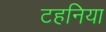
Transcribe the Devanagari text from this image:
टहनिया